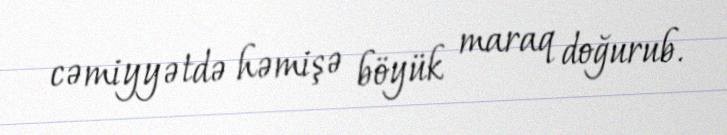
cəmiyyətdə həmişə böyük maraq doğurub.